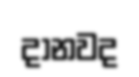
දානවද